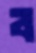
ব